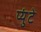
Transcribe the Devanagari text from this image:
प्युंटे